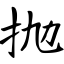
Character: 抛